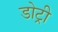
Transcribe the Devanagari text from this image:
डोट्री